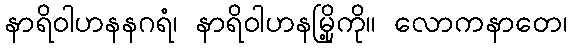
နာရိဝါဟနနဂရံ၊ နာရိဝါဟနမြို့ကို။ လောကနာတေ၊